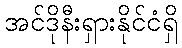
အင်ဒိုနီးရှားနိုင်ငံရှိ